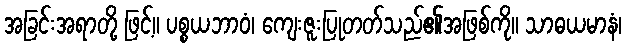
အခြင်းအရာတို့ ဖြင့်။ ပစ္စယဘာဝံ၊ ကျေးဇူးပြုတတ်သည်၏အဖြစ်ကို။ သာဓယမာနံ၊